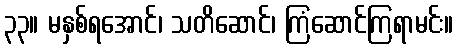
၃၃။ မနှစ်ရအောင်၊ သတိဆောင်၊ ကြံဆောင်ကြရာမင်း။